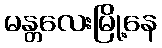
မန္တလေးမြို့နေ